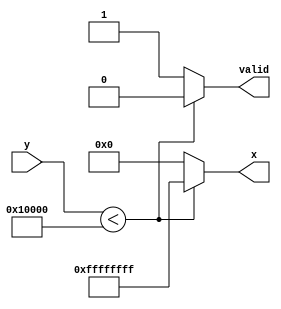
module acosh (
    input [31:0] y,         // Input: y in fixed-point representation (e.g. y >= 1.0)
    output reg [31:0] x,    // Output: x in fixed-point representation
    output reg valid         // Valid signal to indicate output is ready
);

    // Define constants for NaN (Not-a-Number) in fixed-point
    parameter [31:0] NaN = 32'hFFFFFFFF; // Assuming NaN is represented as all bits set for simplicity
    
    // Fixed-point precision and scaling factor
    parameter FIXED_POINT_SCALE = 1 << 16; // Example: 16 bits for the fractional part
    
    // Internal signals
    reg [31:0] y_squared;
    reg [31:0] y_squared_minus_one;
    reg [31:0] sqrt_value;
    reg [31:0] ln_input;

    always @(*) begin
        if (y < FIXED_POINT_SCALE) begin // Check if y < 1
            x = NaN; // Set output to NaN
            valid = 0; // Output is not valid
        end else begin
            valid = 1; // Output will be valid
            
            // Step 1: Compute y^2
            y_squared = (y * y) >> 16; // Calculate y^2
            
            // Step 2: Compute y^2 - 1
            y_squared_minus_one = y_squared - (FIXED_POINT_SCALE >> 16); // y^2 - 1
            
            // Step 3: Compute sqrt(y^2 - 1)
            sqrt_value = sqrt_fixed(y_squared_minus_one); // Call your sqrt function
            
            // Step 4: Compute y + sqrt(y^2 - 1)
            ln_input = y + sqrt_value; // y + sqrt(y^2 - 1)
            
            // Step 5: Compute ln(y + sqrt(y^2 - 1))
            x = ln_fixed(ln_input); // Call your ln function
        end
    end
    
    // Dummy function for square root approximation - needs implementation
    function [31:0] sqrt_fixed(input [31:0] value);
        begin
            // Placeholder for the square root logic
            // Use an algorithm such as Newton-Raphson or CORDIC to convert this to an actual calculation.
            sqrt_fixed = 32'h00000000; // Replace with proper calculation
        end
    endfunction

    // Dummy function for natural logarithm approximation - needs implementation
    function [31:0] ln_fixed(input [31:0] value);
        begin
            // Placeholder for the logarithm logic
            // Use an algorithm or fixed-point library to perform this calculation.
            ln_fixed = 32'h00000000; // Replace with proper calculation
        end
    endfunction

endmodule